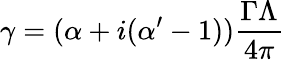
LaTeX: \gamma=(\alpha+i(\alpha^{\prime}-1))\frac{\Gamma\Lambda}{4\pi}